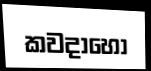
කවදාහෝ